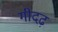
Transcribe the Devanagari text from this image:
गीदढ़